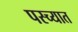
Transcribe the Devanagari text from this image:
पस्च्यात